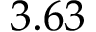
3 . 6 3